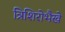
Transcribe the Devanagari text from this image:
त्रिशिरोभैखे